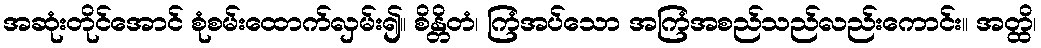
အဆုံးတိုင်အောင် စုံစမ်းထောက်လှမ်း၍။ စိန္တိတံ၊ ကြံအပ်သော အကြံအစည်သည်လည်းကောင်း။ အတ္ထိ၊